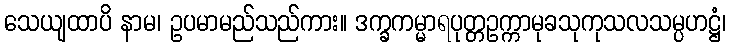
သေယျထာပိ နာမ၊ ဥပမာမည်သည်ကား။ ဒက္ခကမ္မာရပုတ္တဥက္ကာမုခသုကုသလသမ္ပဟဋ္ဌံ၊